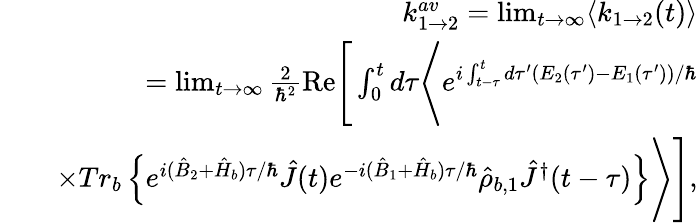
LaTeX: \begin{array}{rlr}&{}&{k_{1\rightarrow 2}^{av}=\operatorname*{lim}_{t\rightarrow\infty}\langle k_{1\rightarrow 2}(t)\rangle}\\ &{}&{=\operatorname*{lim}_{t\rightarrow\infty}\frac{2}{\hbar^{2}}\mathrm{Re}\Bigg[\int_{0}^{t}d\tau\Bigg\langle e^{i\int_{t-\tau}^{t}d\tau^{\prime}(E_{2}(\tau^{\prime})-E_{1}(\tau^{\prime}))/\hbar}}\\ &{}&{\times Tr_{b}\left\{ e^{i(\hat{B}_{2}+\hat{H}_{b})\tau/\hbar}\hat{J}(t)e^{-i(\hat{B}_{1}+\hat{H}_{b})\tau/\hbar}\hat{\rho}_{b,1}\hat{J}^{\dagger}(t-\tau)\right\} \Bigg\rangle\Bigg],}\end{array}